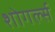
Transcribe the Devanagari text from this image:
शोगर्ल्स